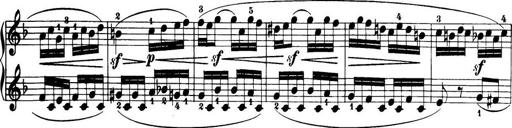
Title: 32 Sonatinas and Rondos for the Piano
Composer: Richard Kleinmichel